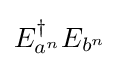
E_{a^{n}}^{\dagger }E_{b^{n}}